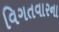
વિગતવારના